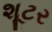
શૂટર